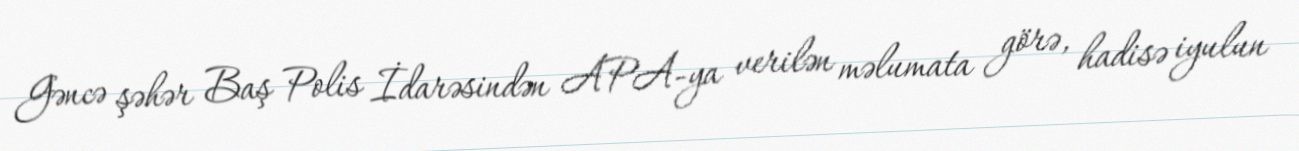
Gəncə şəhər Baş Polis İdarəsindən APA-ya verilən məlumata görə, hadisə iyulun